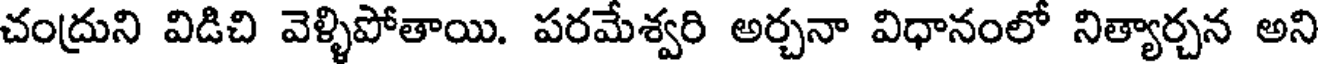
చంద్రుని విడిచి వెళ్ళిపోతాయి. పరమేశ్వరి అర్చనా విధానంలో నిత్యార్చన అని